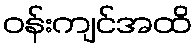
ဝန်းကျင်အထိ